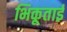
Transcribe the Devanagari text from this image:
भिकूताई